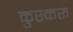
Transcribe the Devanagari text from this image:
कुस्करू